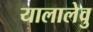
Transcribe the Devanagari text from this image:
यालालेवु